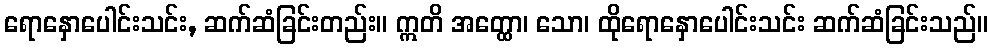
ရောနှောပေါင်းသင်း, ဆက်ဆံခြင်းတည်း။ ဣတိ အတ္ထော၊ သော၊ ထိုရောနှောပေါင်းသင်း ဆက်ဆံခြင်းသည်။